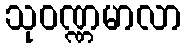
သုဝဏ္ဏမာလာ